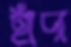
হাঁদা